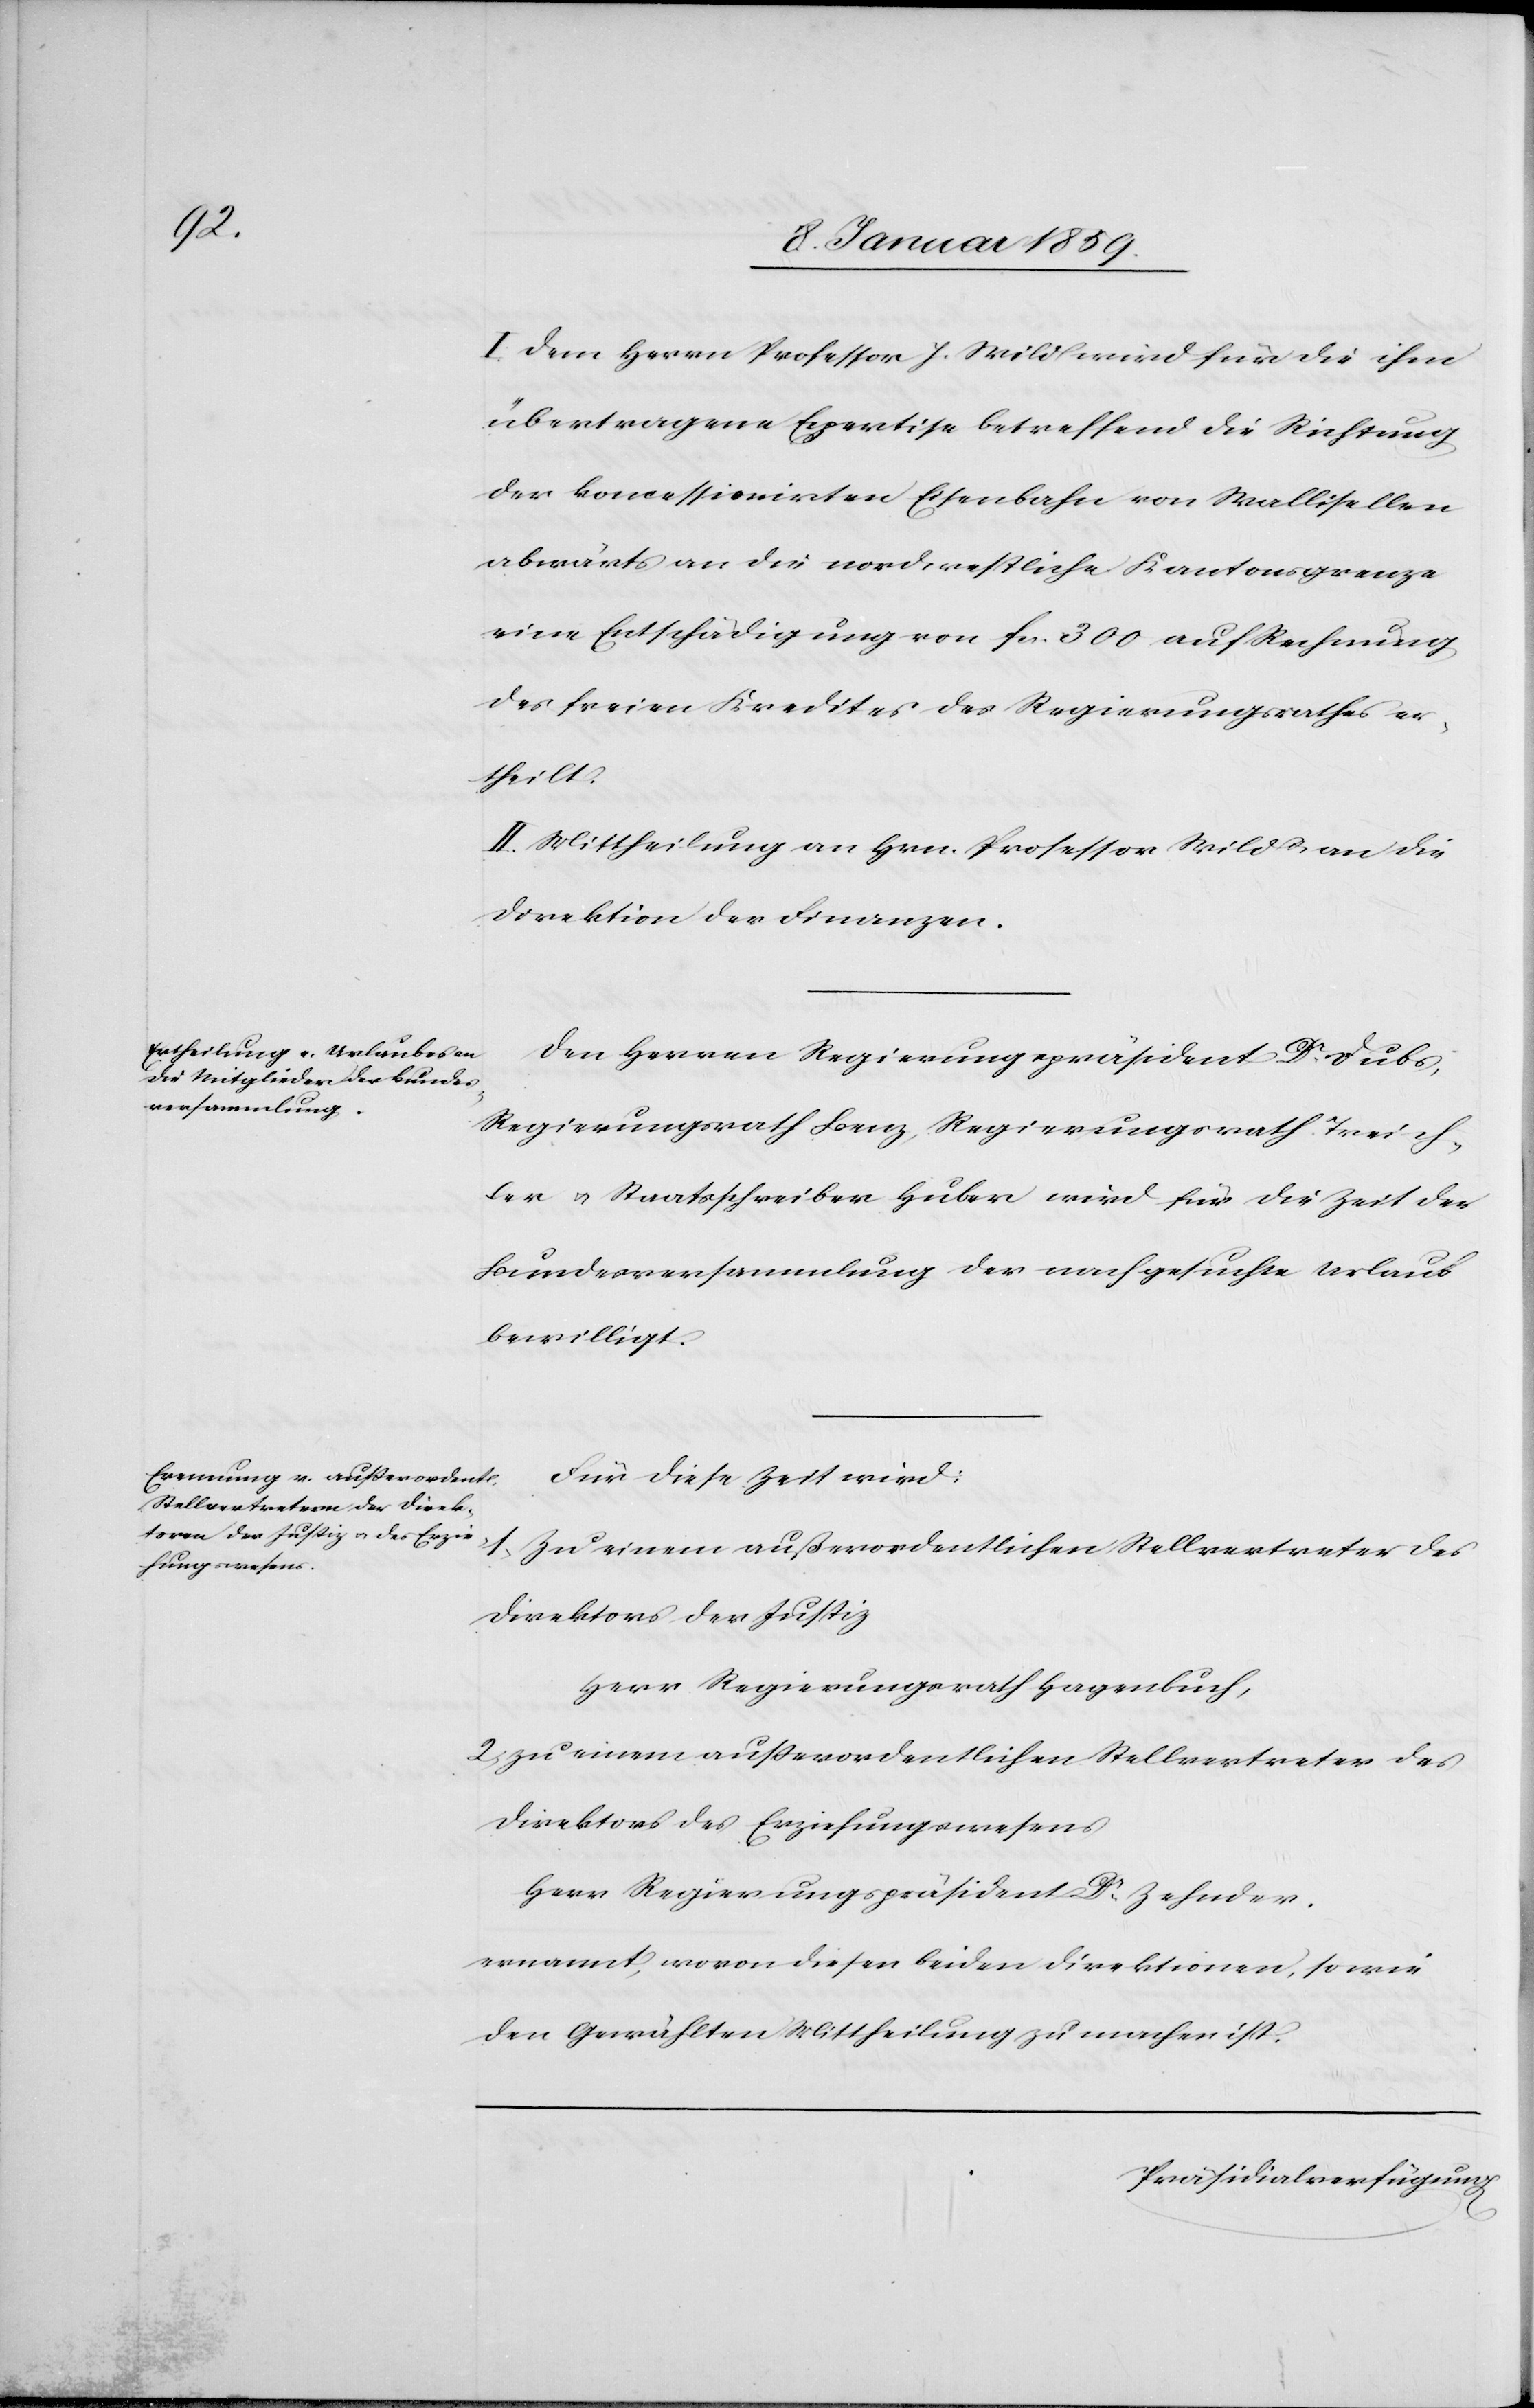
I. Dem Herrn Professor J. Wild wird für die ihm
übertragene Expertise betreffend die Richtung
der koncessionirten Eisenbahn von Wallisellen
abwärts an die nordwestliche Kantonsgrenze
eine Entschädigung von fcs. 300 auf Rechnung
des freien Kredites des Regierungsrathes er¬
theilt.
II. Mittheilung an Hrn. Professor Wild u. an die
Direktion der Finanzen.
Den Herren Regierungspräsident Dr. Dubs,
Regierungsrath Benz, Regierungsrath Treich¬
ler u. Staatsschreiber Huber wird für die Zeit der
Bundesversammlung der nachgesuchte Urlaub
bewilligt.
Für diese Zeit wird:
1. Zu einem außerordentlichen Stellvertreter des
Direktors der Justiz
Herr Regierungsrath Hagenbuch,
2. zu einem außerordentlichen Stellvertreter des
Direktors des Erziehungswesens
Herr Regierungspräsident Dr. Zehnder
ernannt, wovon diesen beiden Direktionen, sowie
den Gewählten Mittheilung zu machen ist.